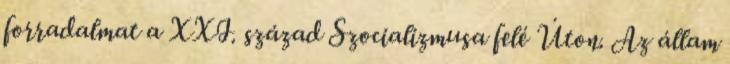
forradalmat a XXI. század Szocializmusa felé Úton. Az állam